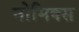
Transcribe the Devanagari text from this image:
नोमिक्स